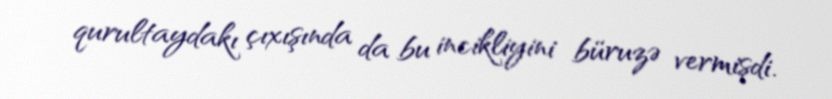
qurultaydakı çıxışında da bu incikliyini büruzə vermişdi.